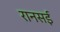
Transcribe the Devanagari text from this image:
रानसई